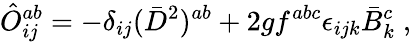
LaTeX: \hat{O}_{ij}^{ab}=-\delta_{ij}(\bar{D}^{2})^{ab}+2gf^{abc}\epsilon_{ijk}\bar{B}_{k}^{c}\; ,